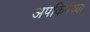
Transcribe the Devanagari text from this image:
अपकिपच्या